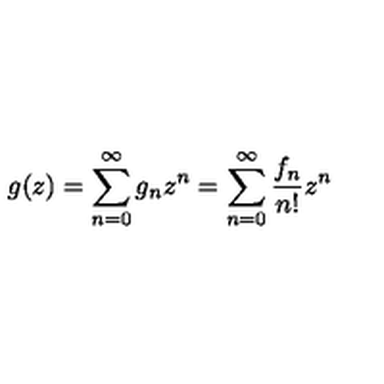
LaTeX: g ( z ) = \sum _ { n = 0 } ^ { \infty } { g _ { n } z ^ { n } } = \sum _ { n = 0 } ^ { \infty } { \frac { f _ { n } } { n ! } z ^ { n } }